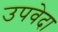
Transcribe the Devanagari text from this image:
उपवेदा